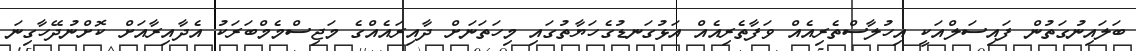
ބަލައިނުގަތުން ފައިސަލްއަކީ އިހުލާސްތެރިއެއް ވަފާތެރިއެއް އަޅުގަަނޑުގެހަޔާތުގައި މިހަތަނަށް ދާއިރައެއްގެ މަޖިސްމެމްބަރަކު އެދާއިރާއަށް ކޮށްނުދޭހާގިނަ